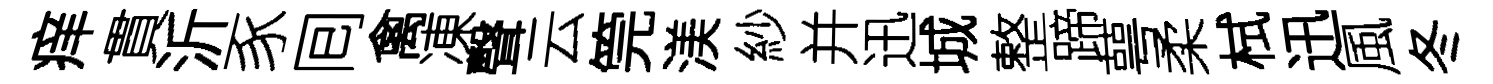
痒貫沂豕囘禽凍聲云筦渼紗并迅城整蹄萼柔栻迅風冬